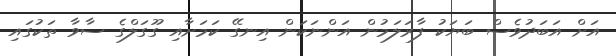
އަށް އަބަދުވެސް ބަޔަކު ފާރަލަމުން އަންނަކަން އިނގޭ ކަމަށާއި ގޫގަލްގެ ސާވާ ތަކުގައި